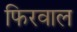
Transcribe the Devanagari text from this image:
फिरवाल